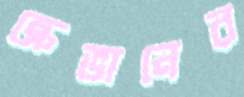
ক্রেভানের